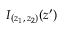
I _ { ( z _ { 1 } , \, z _ { 2 } ) } ( z ^ { \prime } )